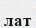
лат